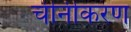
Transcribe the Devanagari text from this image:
चीनीकरण